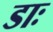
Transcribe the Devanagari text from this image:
डाः